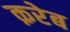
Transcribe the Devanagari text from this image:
क़रेब